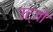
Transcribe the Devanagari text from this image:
उर्जो